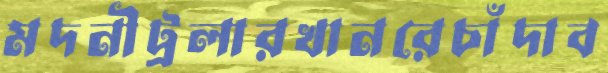
মদনীট্রলারখানরেচাঁদাব